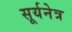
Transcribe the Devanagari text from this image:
सूर्यनेत्र